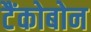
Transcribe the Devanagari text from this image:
टैंकोबोन